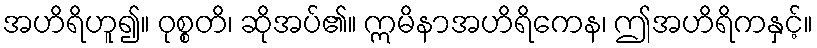
အဟိရိဟူ၍။ ဝုစ္စတိ၊ ဆိုအပ်၏။ ဣမိနာအဟိရိကေန၊ ဤအဟိရိကနှင့်။